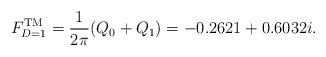
LaTeX: \begin{align*}F_{D=1}^{\rm TM}={1\over2\pi}(Q_0+Q_1)=-0.2621+0.6032i.\end{align*}